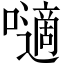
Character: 𡂓